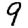
Digit: 9